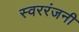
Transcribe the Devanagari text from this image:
स्वररंजनी